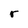
Character: r